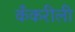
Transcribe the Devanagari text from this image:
कँकरीली